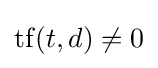
\mathrm {tf} (t,d)\neq 0